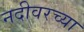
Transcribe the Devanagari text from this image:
नदीवरच्या